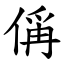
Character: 偁